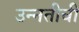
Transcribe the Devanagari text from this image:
उन्‍नतीची